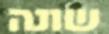
שונה